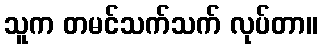
သူက တမင်သက်သက် လုပ်တာ။